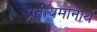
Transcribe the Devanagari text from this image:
प्रतीयमानार्थ